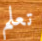
تعلم